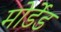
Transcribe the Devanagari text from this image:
मोर्डेड